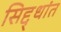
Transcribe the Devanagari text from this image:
सिद्द्धांत